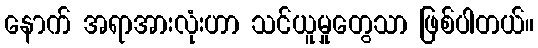
နောက် အရာအားလုံးဟာ သင်ယူမှုတွေသာ ဖြစ်ပါတယ်။